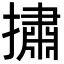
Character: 㩋